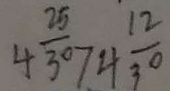
4 \frac { 2 5 } { 3 0 } > 4 \frac { 1 2 } { 3 0 }